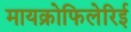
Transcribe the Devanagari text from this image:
मायक्रोफिलेरिई